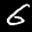
Label: 6